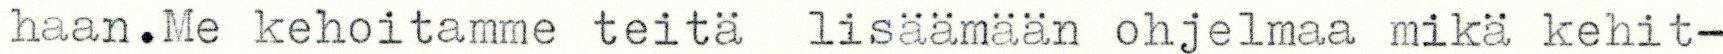
haan.Me kehoitamme teitä lisäämään ohjelmaa mikä kehit-